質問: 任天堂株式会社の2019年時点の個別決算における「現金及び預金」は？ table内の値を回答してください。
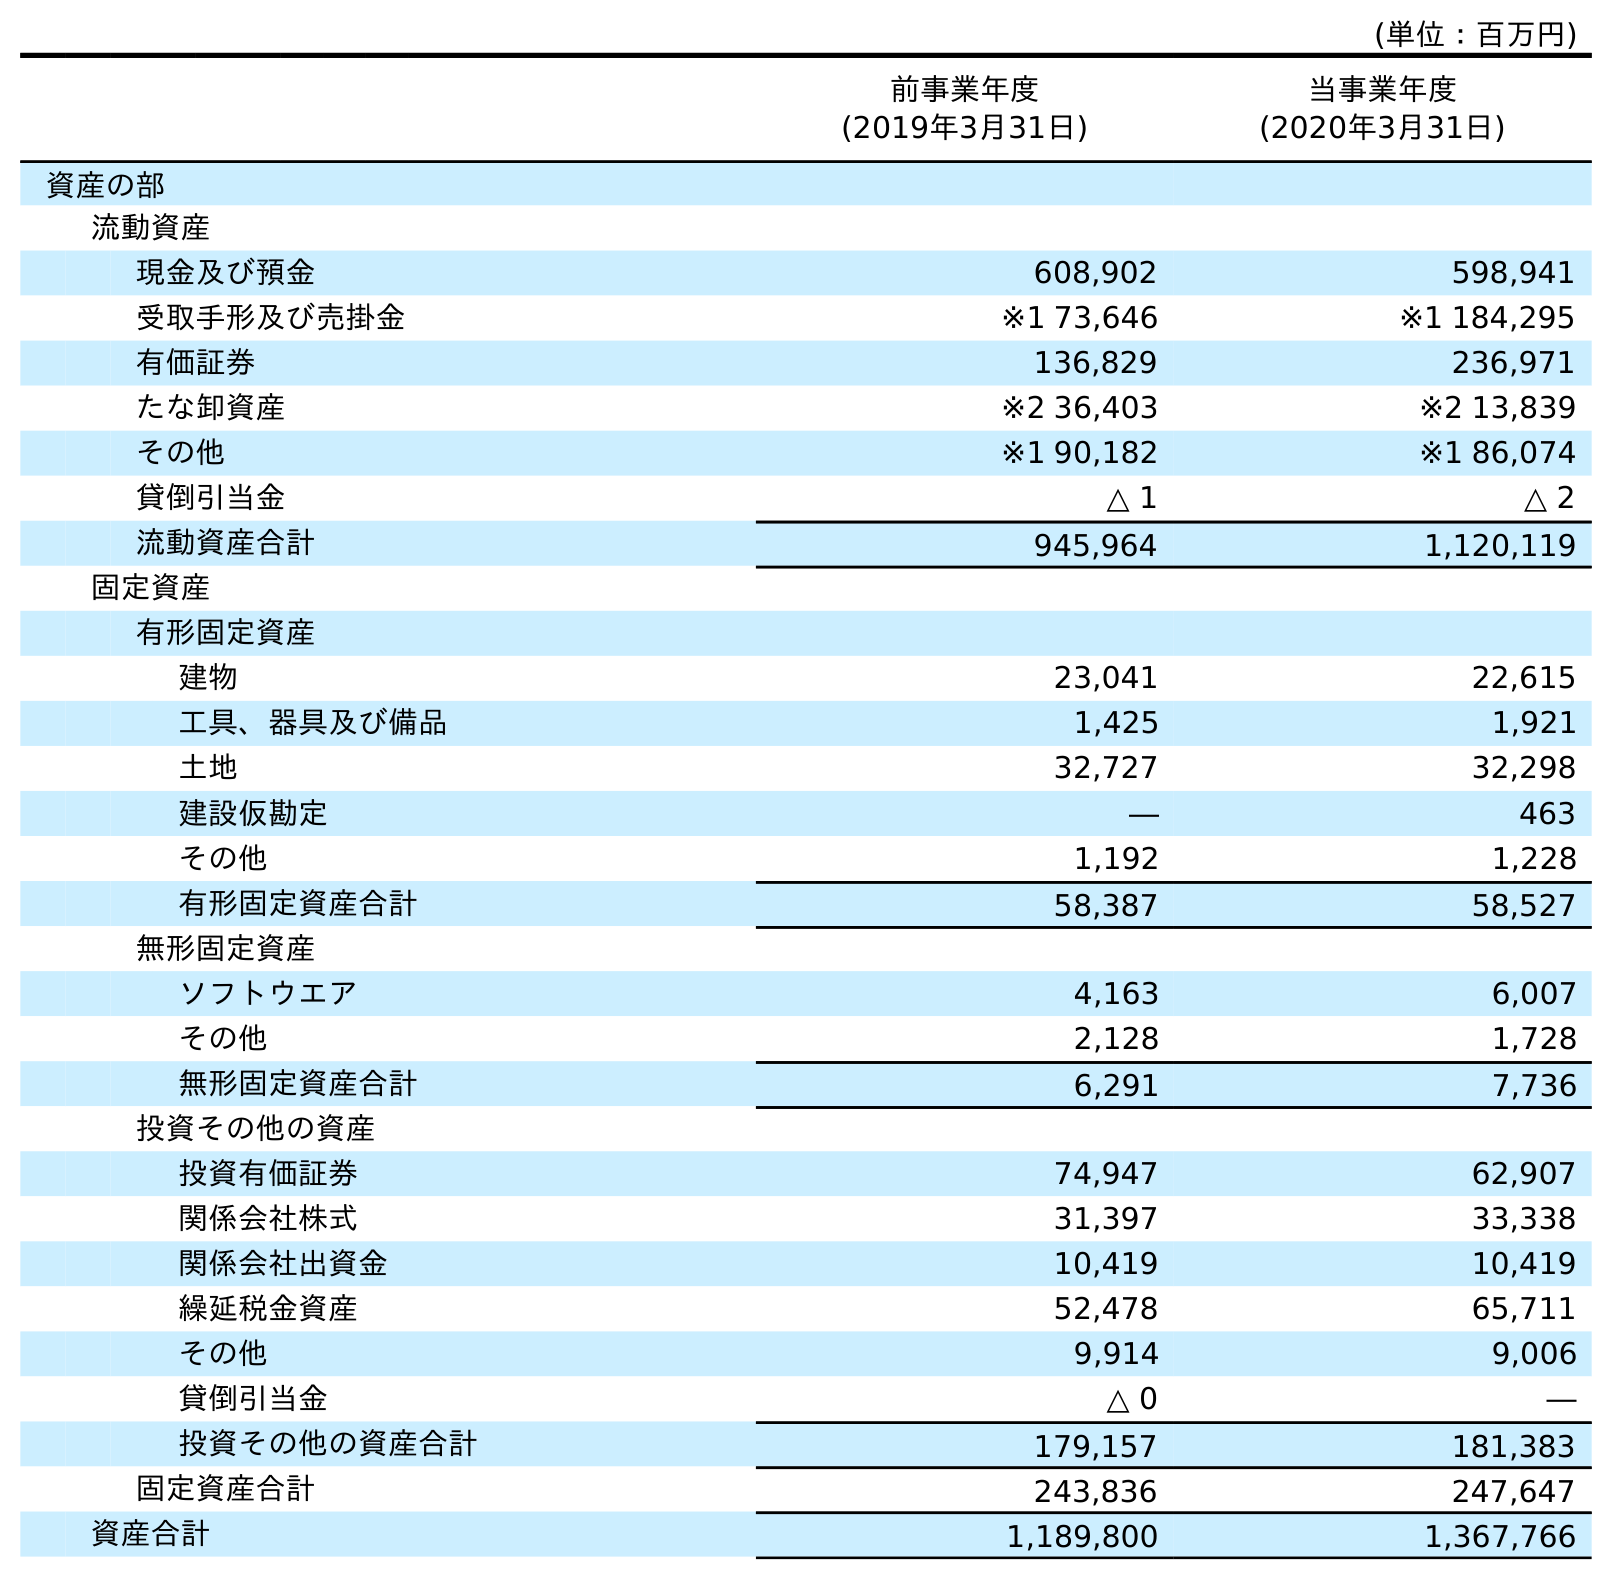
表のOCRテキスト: (単位：百万円) 前事業年度 (2019年3月31日) 当事業年度 (2020年3月31日) 資産の部 流動資産 現金及び預金 608,902 598,941 受取手形及び売掛金 ※1 73,646 ※1 184,295 有価証券 136,829 236,971 たな卸資産 ※2 36,403 ※2 13,839 その他 ※1 90,182 ※1 86,074 貸倒引当金 △ 1 △ 2 流動資産合計 945,964 1,120,119 固定資産 有形固定資産 建物 23,041 22,615 工具、器具及び備品 1,425 1,921 土地 32,727 32,298 建設仮勘定 ― 463 その他 1,192 1,228 有形固定資産合計 58,387 58,527 無形固定資産 ソフトウエア 4,163 6,007 その他 2,128 1,728 無形固定資産合計 6,291 7,736 投資その他の資産 投資有価証券 74,947 62,907 関係会社株式 31,397 33,338 関係会社出資金 10,419 10,419 繰延税金資産 52,478 65,711 その他 9,914 9,006 貸倒引当金 △ 0 ― 投資その他の資産合計 179,157 181,383 固定資産合計 243,836 247,647 資産合計 1,189,800 1,367,766
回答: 608,902